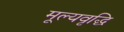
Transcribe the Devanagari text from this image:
मूल्‍यवृद्धि